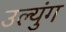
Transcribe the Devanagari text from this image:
उल्युंग